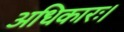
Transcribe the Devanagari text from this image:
अधिकारः।